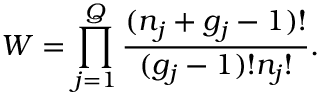
W = \prod _ { j = 1 } ^ { Q } \frac { ( n _ { j } + g _ { j } - 1 ) ! } { ( g _ { j } - 1 ) ! n _ { j } ! } .